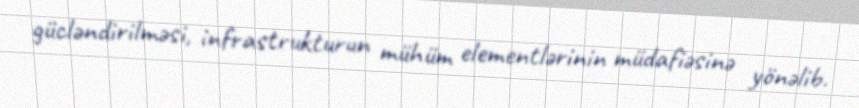
gücləndirilməsi, infrastrukturun mühüm elementlərinin müdafiəsinə yönəlib.